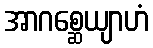
အာဂစ္ဆေယျာဟံ